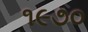
૧૯૭૦